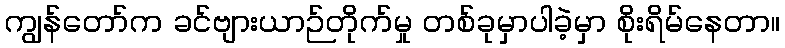
ကျွန်တော်က ခင်ဗျားယာဉ်တိုက်မှု တစ်ခုမှာပါခဲ့မှာ စိုးရိမ်နေတာ။